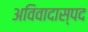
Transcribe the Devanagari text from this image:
अविवादास्पद